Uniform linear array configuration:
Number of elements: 24
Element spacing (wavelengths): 0.25
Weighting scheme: uniform
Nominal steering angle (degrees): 0
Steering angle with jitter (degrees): -0.7448
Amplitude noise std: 0.05
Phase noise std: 0.05

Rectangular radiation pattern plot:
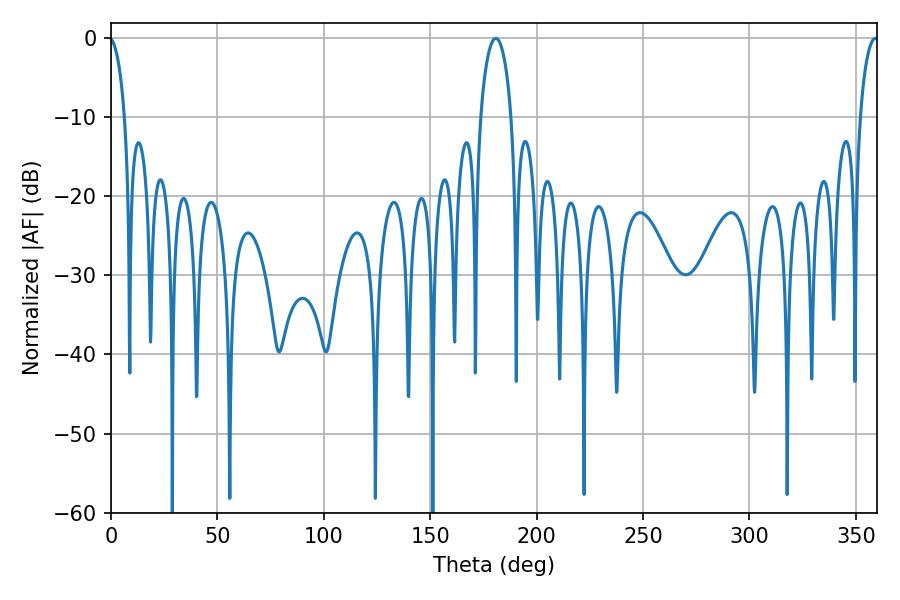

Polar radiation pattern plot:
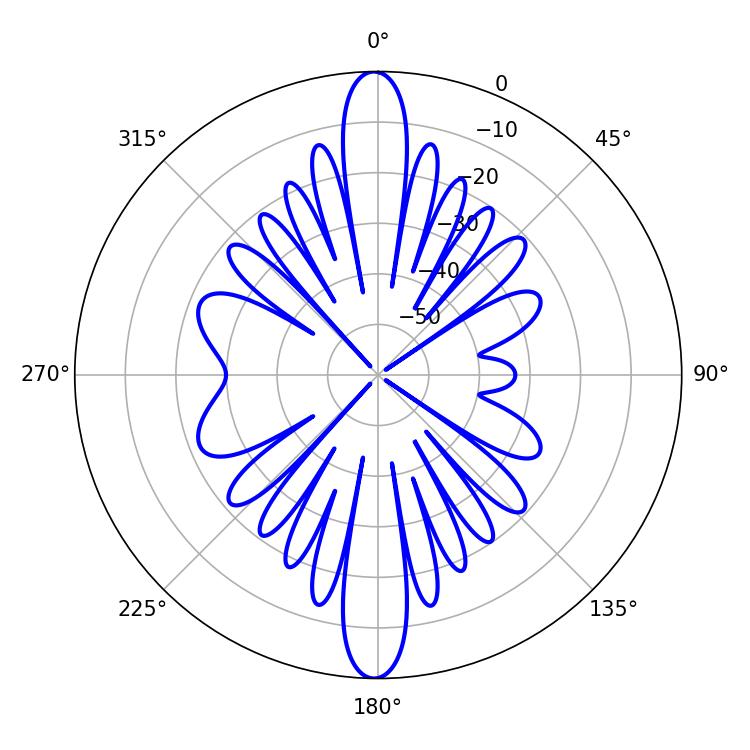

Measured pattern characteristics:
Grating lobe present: FALSE
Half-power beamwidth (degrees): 8.28
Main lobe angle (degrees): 180.9